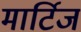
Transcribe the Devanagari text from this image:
मार्टिज